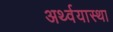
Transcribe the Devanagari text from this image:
अर्थ्वयास्था